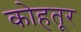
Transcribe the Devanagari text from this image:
कोहतूर